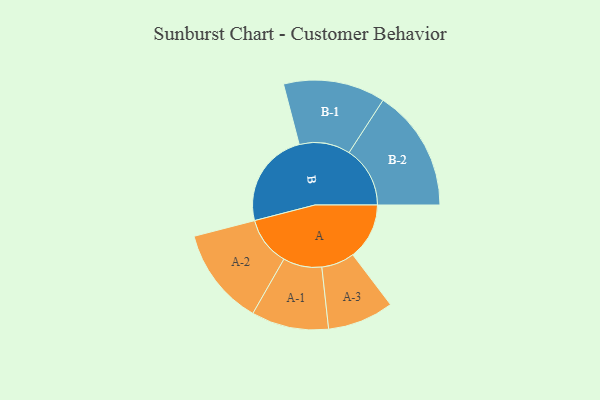
{"axis": {"x": "Segment", "y": "Value"}, "legend": ["", "A", "B"], "data": [{"x": "A", "y": 275, "type": ""}, {"x": "B", "y": 468, "type": ""}, {"x": "A-1", "y": 188, "type": "A"}, {"x": "A-2", "y": 238, "type": "A"}, {"x": "A-3", "y": 161, "type": "A"}, {"x": "B-1", "y": 248, "type": "B"}, {"x": "B-2", "y": 297, "type": "B"}]}